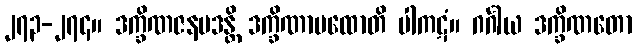
၂၇၃-၂၇၄။ ဒက္ခိဏဇနပဒန္တိ ဒက္ခိဏာပထောတိ ပါကဋံ။ ဂင်္ဂါယ ဒက္ခိဏတော